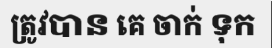
ត្រូវបាន គេ ចាក់ ទុក